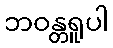
ဘဝန္တရူပါ